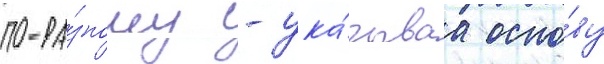
по-ра́зному - ука́зываа осно́ву